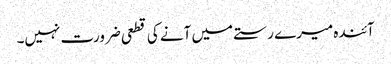
آئندہ میرے رستے میں آنے کی قطعی ضرورت نہیں۔